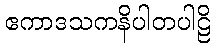
ဧကာဒသကနိပါတပါဠိ